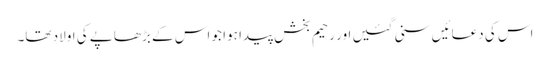
اس کی دعائیں سنی گئیں اور رحیم بخش پیدا ہوا جو اس کے بڑھاپے کی اولاد تھا۔